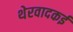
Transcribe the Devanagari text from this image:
थेरवादकई